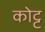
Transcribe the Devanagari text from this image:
कोट्ट